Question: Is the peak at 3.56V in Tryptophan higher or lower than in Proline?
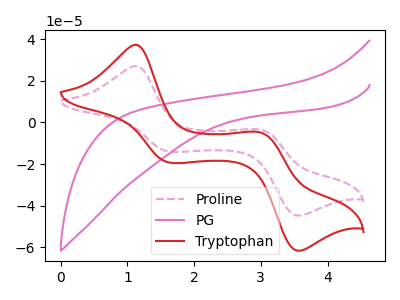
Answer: <think>The pink dashed curve "Proline" has anodic peaks at (1.10V, 27.05uA) (3.00V, -3.55uA) and cathodic peaks at (1.65V, -14.05uA) (3.55V, -44.80uA). The pink curve "PG" has no peaks. The red curve "Tryptophan" has anodic peaks at (1.10V, 37.25uA) (3.00V, -4.90uA) and cathodic peaks at (1.65V, -19.35uA) (3.55V, -61.70uA).</think>
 <answer>The peak at 3.56V is higher in "Tryptophan" than in "Proline".</answer>
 <eval>higher</eval>